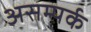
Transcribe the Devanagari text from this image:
असम्पर्क